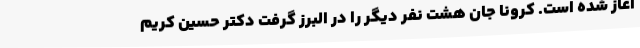
آغاز شده است. کرونا جان هشت نفر دیگر را در البرز گرفت دکتر حسین کریم